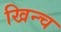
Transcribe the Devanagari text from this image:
खिन्च